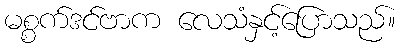
မစ္စက်ဒင်ဗာက လေသံနှင့်ပြောသည်။